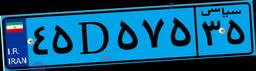
۴۵D۵۷۵۳۵